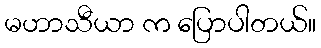
မဟာသီယာ က ပြောပါတယ်။